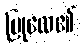
ပြုလေ၏